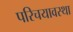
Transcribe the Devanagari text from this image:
परिचयावस्था